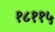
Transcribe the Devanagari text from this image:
१८११५